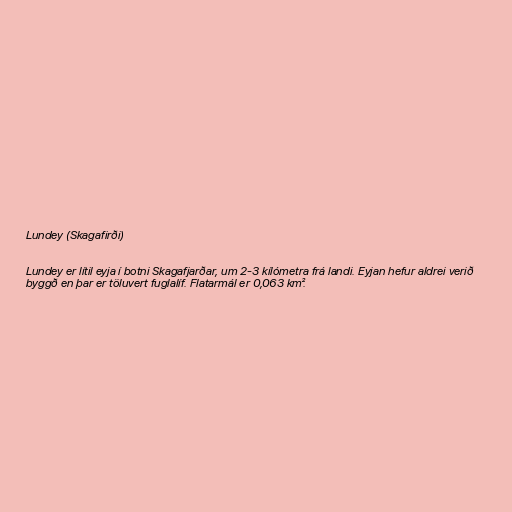
Lundey (Skagafirði)

Lundey er lítil eyja í botni Skagafjarðar, um 2-3 kílómetra frá landi. Eyjan hefur aldrei verið
byggð en þar er töluvert fuglalíf. Flatarmál er 0,063 km².